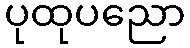
ပုထုပညော